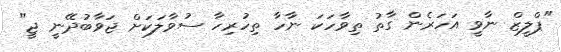
"ޕްލީޒް ނާވީ އަހަރެން ގާތު ތިވާހަކަ ނާހާ ތިހުރިހާ ސުވާލަކަށް ޖަވާބުދޭނީ ޖީ"